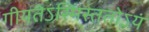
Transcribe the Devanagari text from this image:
गीयतेऽस्मिंस्ततोऽयं